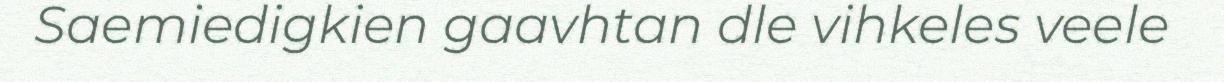
Saemiedigkien gaavhtan dle vihkeles veele